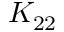
K _ { 2 2 }